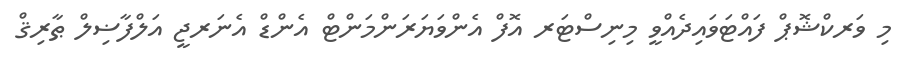
މި ވަރކްޝޮޕް ފައްޓަވައިދެއްވީ މިނިސްޓަރ އޮފް އެންވަޔަރަންމަންޓް އެންޑް އެނަރޖީ އަލްފާޟިލް ޠާރިޤް